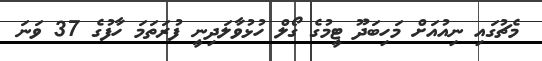
މެޗުގައި ނިއުއަށް މަހިބަދޫ ޓީމުގެ ގޯލް ހުޅުވާލަދިނީ ފުރަތަމަ ހާފުގެ 37 ވަނަ